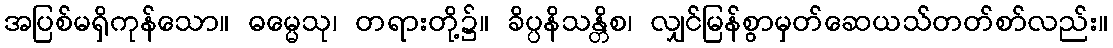
အပြစ်မရှိကုန်သော။ ဓမ္မေသု၊ တရားတို့၌။ ခိပ္ပနိသန္တိစ၊ လျှင်မြန်စွာမှတ်ဆေယသ်တတ်စာ်လည်း။